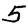
Digit: 5